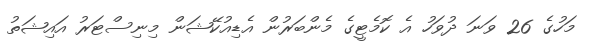
މަހުގެ 26 ވަނަ ދުވަހު އެ ކޮމެޓީގެ މެންބަރުން އެޑިއުކޭޝަން މިނިސްޓަރު އައިޝަތު